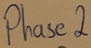
Text: Phase2